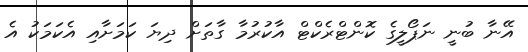
އޭނާ ބުނީ ނަޕޯލީގެ ކޮންޓްރެކްޓް އާކުރުމާ ގާތަށް ދިޔަ ކަމަށާއި އެކަމަކު އެ